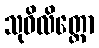
သုဝိလိတ္တော